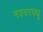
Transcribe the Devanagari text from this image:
नववरवधू